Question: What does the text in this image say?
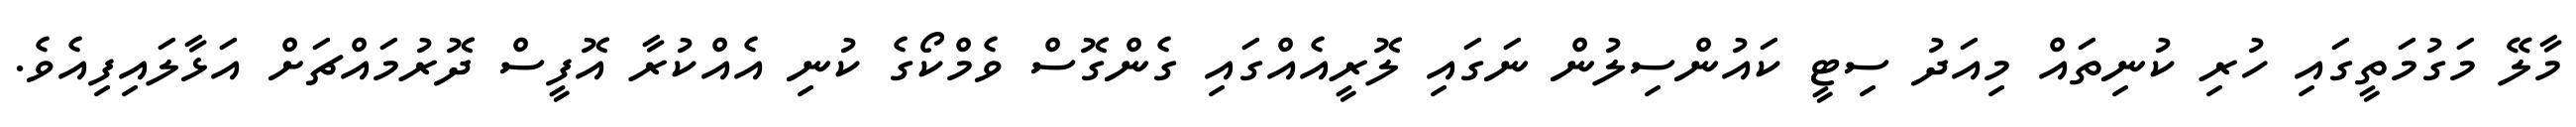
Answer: މާލޭ މަގުމަތީގައި ހުރި ކުނިތައް މިއަދު ސިޓީ ކައުންސިލުން ނަގައި ލޮރީއެއްގައި ގެންގޮސް ވެމްކޯގެ ކުނި އެއްކުރާ އޮފީސް ދޮރުމައްޗަށް އަޅާލައިފިއެވެ.